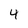
Character: 4